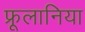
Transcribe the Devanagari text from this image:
फ्रूलानिया